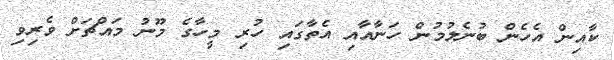
ކާއިން އެހެން ބުނެލުމުން ހަނާއާއި އެތާގައި ހުރި މީހާގެ މޫނު މައްޗަށް ވެރިވި